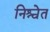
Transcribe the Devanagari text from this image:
निश्चेत